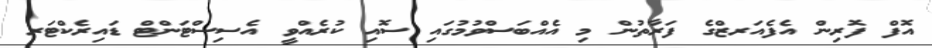
އޮފް ފޮރިން އެފެއަރޒްގެ ފަރާތުން މި އެއްބަސްވުމުގައި ސޮއި ކުރެއްވީ އެސިސްޓަންޓް ޑައިރެކްޓަރ